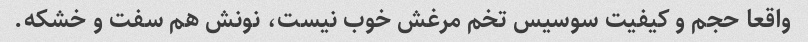
واقعا حجم و کیفیت سوسیس تخم مرغش خوب نیست، نونش هم سفت و خشکه.